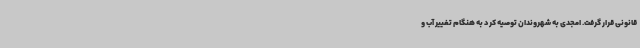
قانونی قرار گرفت. امجدی به شهروندان توصیه کرد به هنگام تغییر آب و